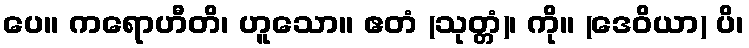
ပေ။ ကရောဟီတိ၊ ဟူသော။ ဧတံ (သုတ္တံ)၊ ကို။ (ဒေဝိယာ) ပိ၊